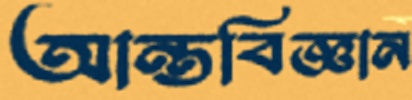
আন্তবিজ্ঞান